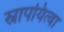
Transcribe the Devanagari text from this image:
स्नापयित्वा